Scottish Leaving Certificate Examination, 1961
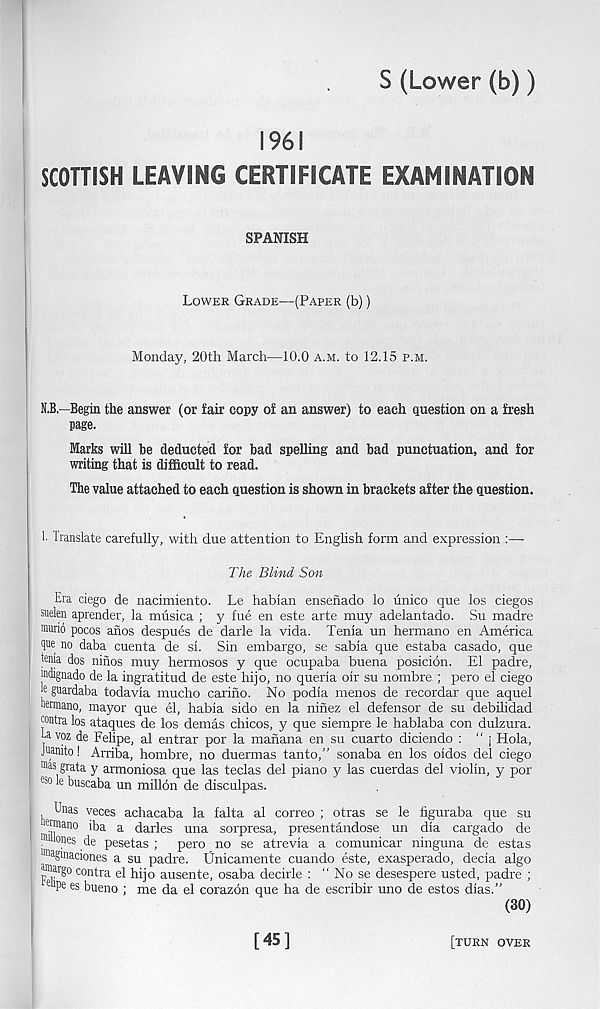
S (Lower (b))
1961
SCOTTISH LEAVING CERTIFICATE EXAMINATION
SPANISH
Lower Grade—(Paper (b))
Monday, 20th March—10.0 a.m. to 12.15 p.m.
N.B.—Begin the answer (or fair copy of an answer) to each question on a fresh
page.
Marks will be deducted for bad spelling and bad punctuation, and for
writing that is difficult to read.
The value attached to each question is shown in brackets after the question.
!■ Translate carefully, with due attention to English form and expression :—
The Blind Son
Era ciego de nacimiento. Le habian ensefiado lo unico que los ciegos
siielen aprender, la musica ; y fue en este arte muy adelantado. Su madre
muni pocos anos despues de darle la vida. Tenia un hermano en America
1® no daba cuenta de si. Sin embargo, se sabia que estaba casado, que
tenia dos ninos muy hermosos y que ocupaba buena posicion. El padre,
jndignado de la ingratitud de este hijo, no queria oir su nombre.; pero el ciego
e guardaba todavia mucho carino. No podia menos de recordar que aquel
nermano, mayor que el, habia sido en la ninez el defensor de su debilidad
Mntra los ataques de los demas chicos, y que siempre le hablaba con dulzura.
Gvoz de Felipe, al entrar por la manana en su cuarto diciendo : “ \ Hola,
Jnaiiito! Arriba, hombre, no duennas tanto,” sonaba en los oidos del ciego
m as grata y armoniosa que las teclas del piano y las cuerdas del violin, y por
fe0 k tmscaba un millon de disculpas.
I ^n as veces achacaba la falta al correo ; otras se le figuraba que su
wnano iba a darles una sorpresa, presentandose un dia cargado de
-Ones ,^e pesetas ; pero no se atrevia a comunicar ninguna de estas
® a gmaciones a su padre, tlnicamente cuando este, exasperado, decia algo
® ar §o contra el hijo ausente, osaba decirle : “ No se desespere usted, padre ;
P e es bueno ; me da el corazon que ha de escribir uno de estos dias.”
(30)
[45]
[turn over